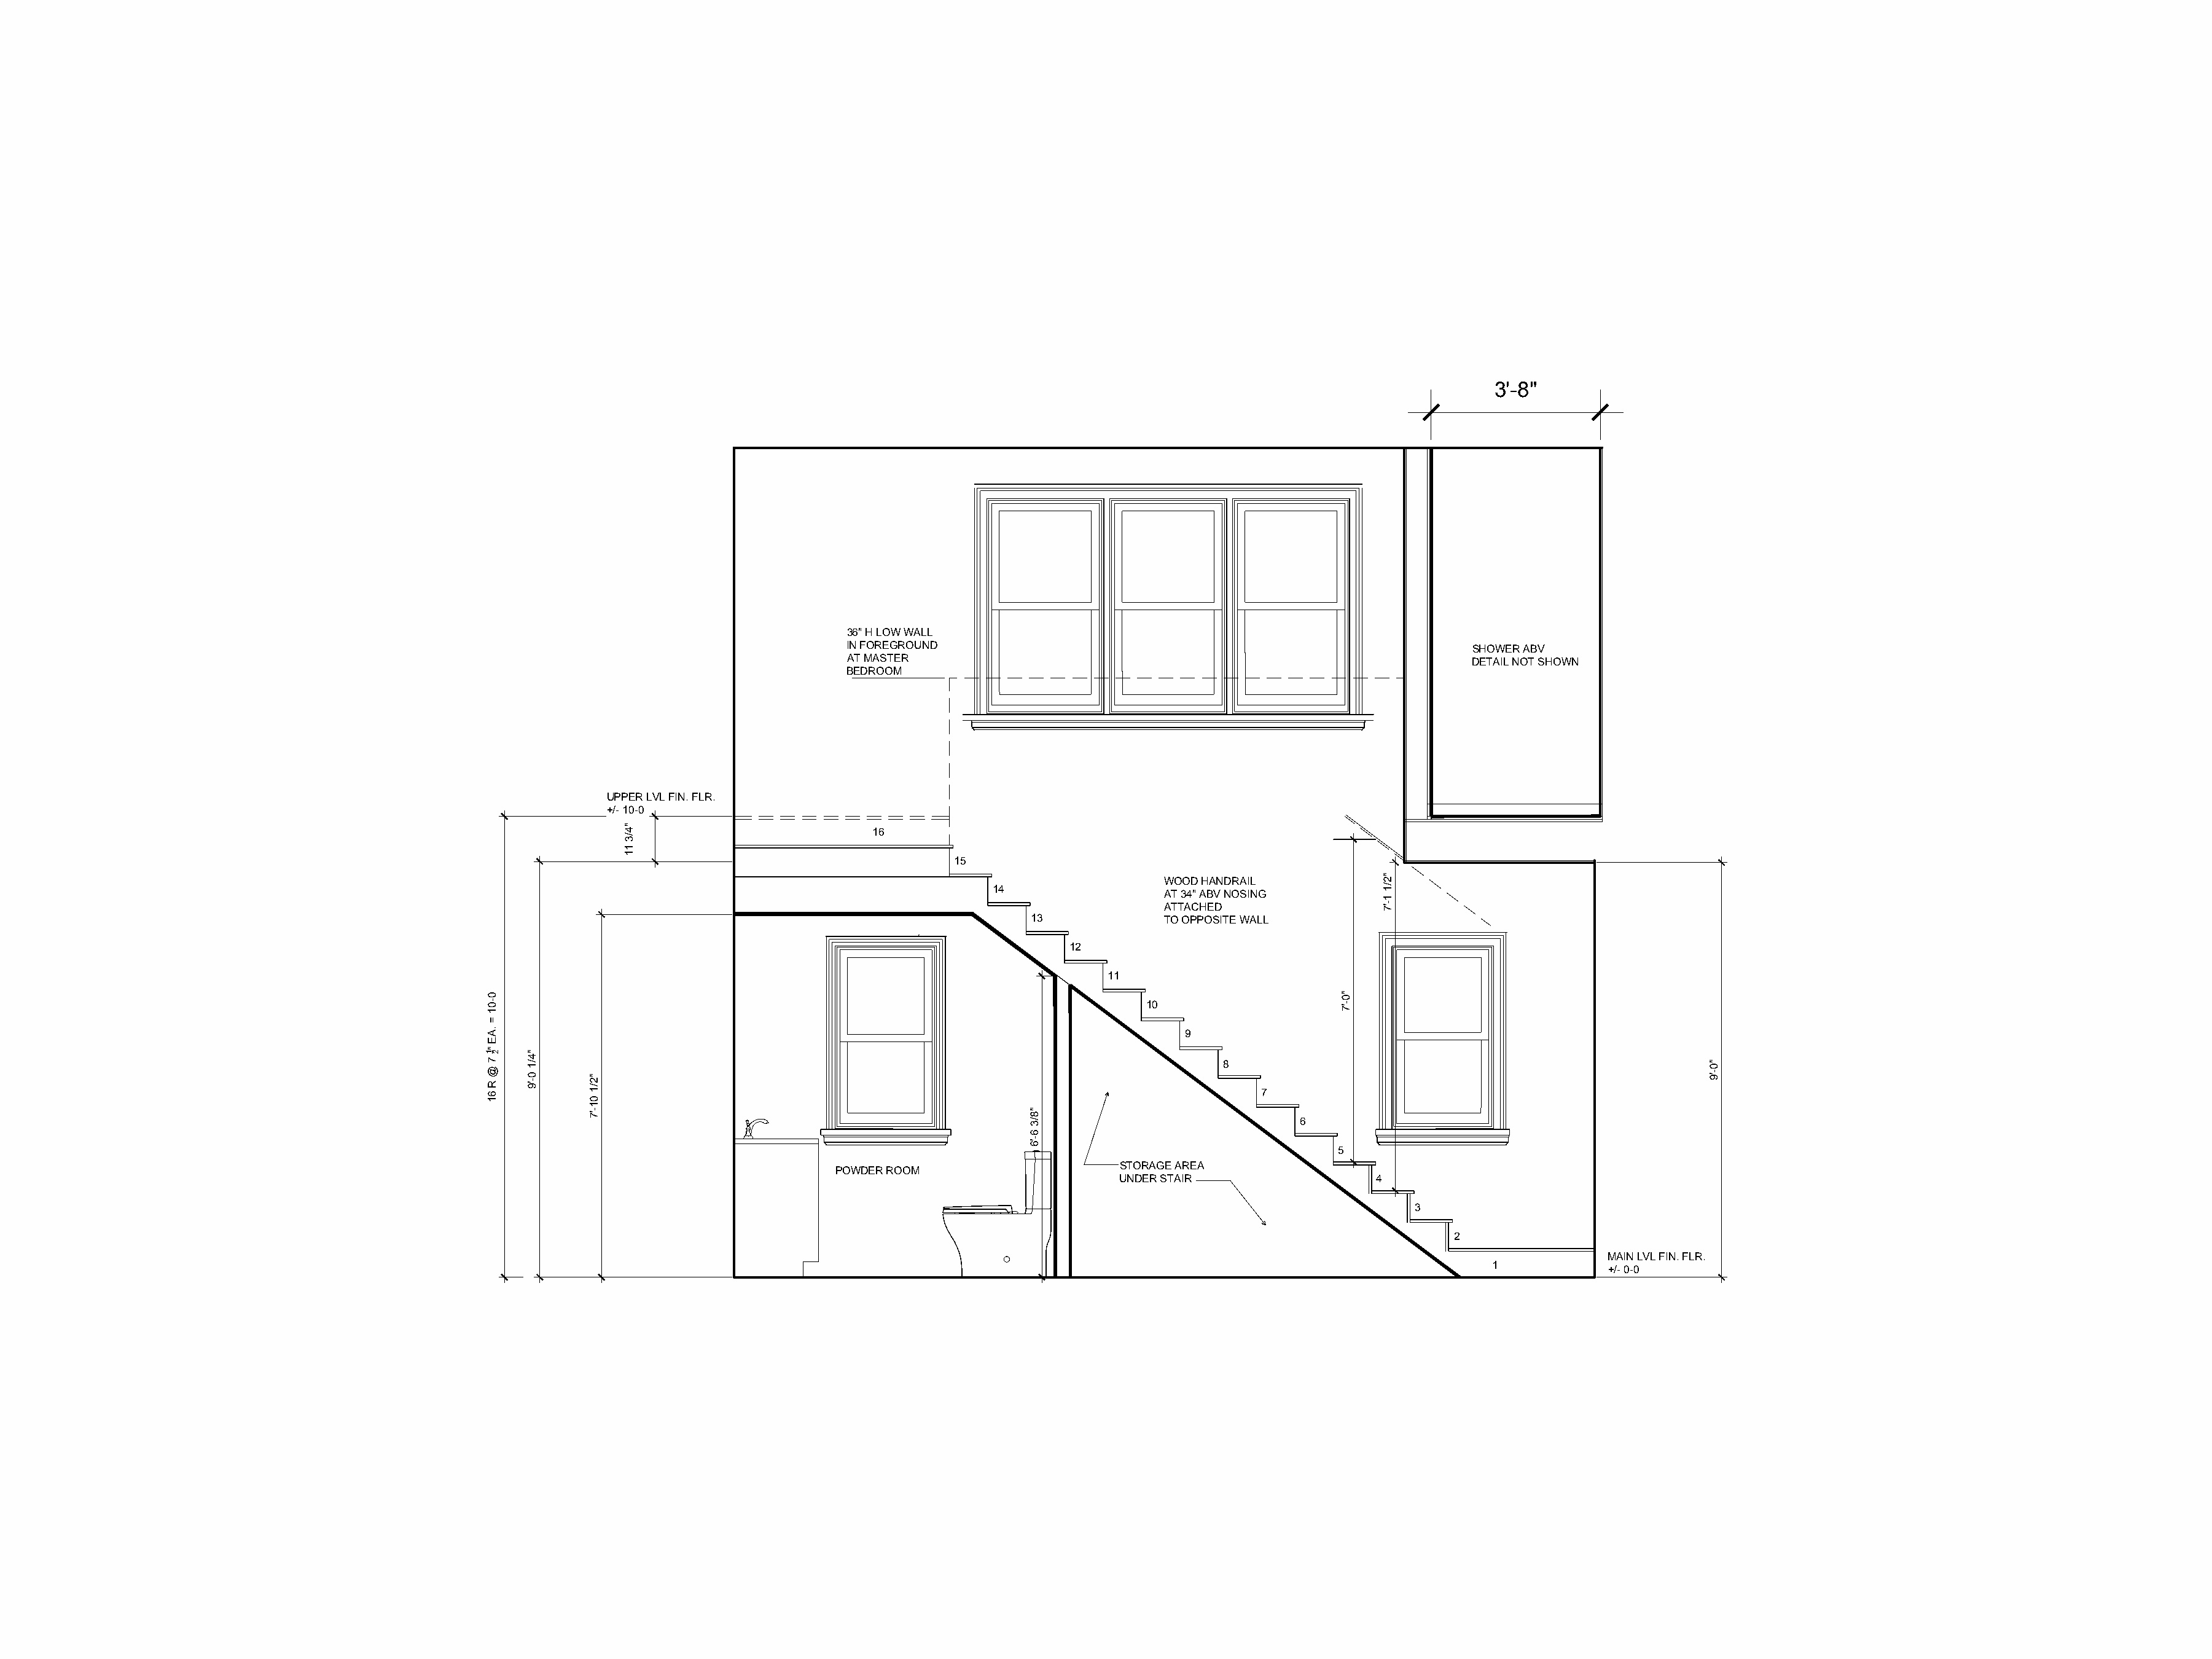
3'-8"
 36" H LOW WALL
 IN FOREGROUND                                                       SHOWER ABV
 AT MASTER                                                           DETAIL NOT SHOWN
 BEDROOM
 UPPER LVL FIN. FLR.
 +/- 10-0
 16
 15
 WOOD HANDRAIL
 14
 AT 34" ABV NOSING
 ATTACHED
 13            TO OPPOSITE WALL
 12
 11
 10
 9
 8
 7
 6
 5
 STORAGE AREA
 POWDER ROOM
 UNDER STAIR                4
 3
 2
 MAIN LVL FIN. FLR.
 1
 +/- 0-0
 0-01
 =
 .AE
 "1
 7
 @
 R
 61
 2   "4/1
 0-'9   "2/1
 01-'7
 "4/3
 11
 "8/3
 6-'6
 "0-'7
 "2/1
 1-'7
 "0-'9